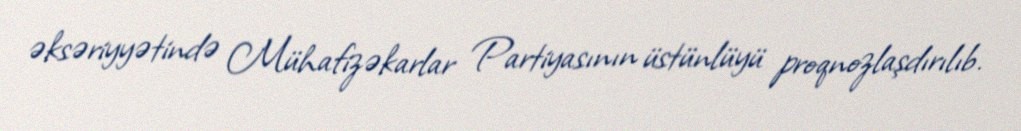
əksəriyyətində Mühafizəkarlar Partiyasının üstünlüyü proqnozlaşdırılıb.